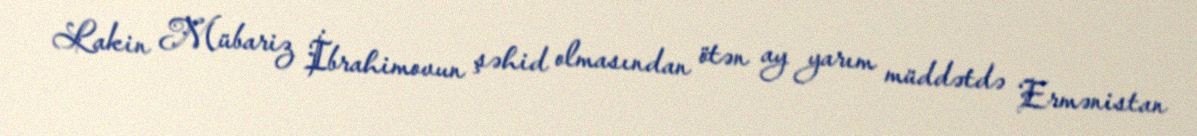
Lakin Mübariz İbrahimovun şəhid olmasından ötən ay yarım müddətdə Ermənistan